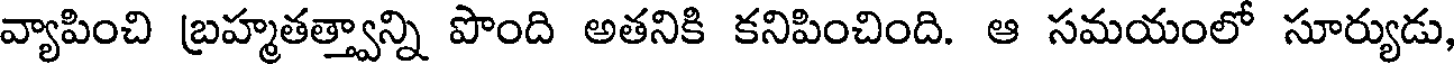
వ్యాపించి బ్రహ్మతత్త్వాన్ని పొంది అతనికి కనిపించింది. ఆ సమయంలో సూర్యుడు,